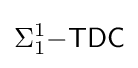
\Sigma _{1}^{1}{\mathsf {-TDC}}